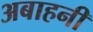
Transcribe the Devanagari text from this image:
अबाहनी